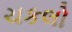
ચકલો